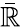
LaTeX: \bar{\mathbb R}